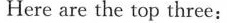
Here are the top three: